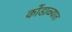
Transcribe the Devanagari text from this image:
कोंडाळ्यात